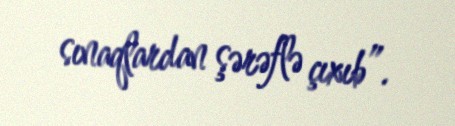
sınaqlardan şərəflə çıxıb”.